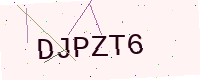
Text: DJPZT6